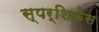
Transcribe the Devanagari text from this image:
स्पर्शिकेस